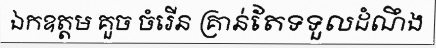
ឯកឧត្តម គួច ចំរើន គ្រាន់តែទទួលដំណឹង